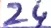
Text: 24